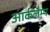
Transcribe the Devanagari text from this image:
आर्कलैम्प